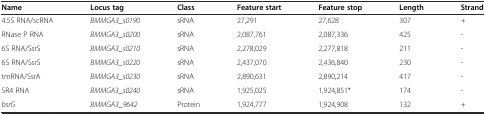
<table><thead><tr><td><b>Name</b></td><td><b>Locus tag</b></td><td><b>Class</b></td><td><b>Feature start</b></td><td><b>Feature stop</b></td><td><b>Length</b></td><td><b>Strand</b></td></tr></thead><tbody><tr><td>4.5S RNA/scRNA</td><td><i>BMMGA3_s0190</i></td><td>sRNA</td><td>27,291</td><td>27,628</td><td>307</td><td>+</td></tr><tr><td>RNase P RNA</td><td><i>BMMGA3_s0200</i></td><td>sRNA</td><td>2,087,761</td><td>2,087,336</td><td>425</td><td>-</td></tr><tr><td>6S RNA/SsrS</td><td><i>BMMGA3_s0210</i></td><td>sRNA</td><td>2,278,029</td><td>2,277,818</td><td>211</td><td>-</td></tr><tr><td>6S RNA/SsrS</td><td><i>BMMGA3_s0220</i></td><td>sRNA</td><td>2,437,070</td><td>2,436,840</td><td>230</td><td>-</td></tr><tr><td>tmRNA/SsrA</td><td><i>BMMGA3_s0230</i></td><td>sRNA</td><td>2,890,631</td><td>2,890,214</td><td>417</td><td>-</td></tr><tr><td>SR4 RNA</td><td><i>BMMGA3_s0240</i></td><td>sRNA</td><td>1,925,025</td><td>1,924,851*</td><td>174</td><td>-</td></tr><tr><td><i>bsrG</i></td><td><i>BMMGA3_9642</i></td><td>Protein</td><td>1,924,777</td><td>1,924,908</td><td>132</td><td>+</td></tr></tbody></table>